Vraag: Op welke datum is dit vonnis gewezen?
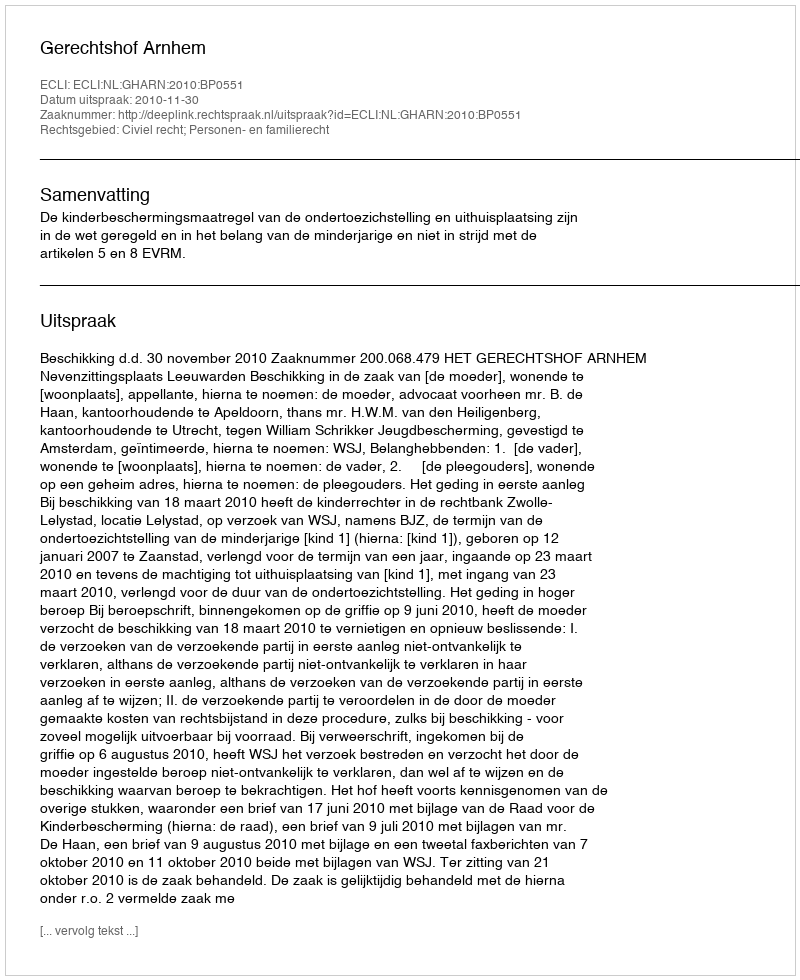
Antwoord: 2010-11-30